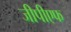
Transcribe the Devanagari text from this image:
जीपीएफ